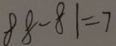
8 8 - 8 1 = 7